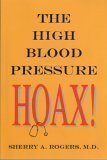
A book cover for The High Blood Pressure Hoax by Rogers, Sherry A. 1st (first) Edition (2/1/2008); Health, Fitness & Dieting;